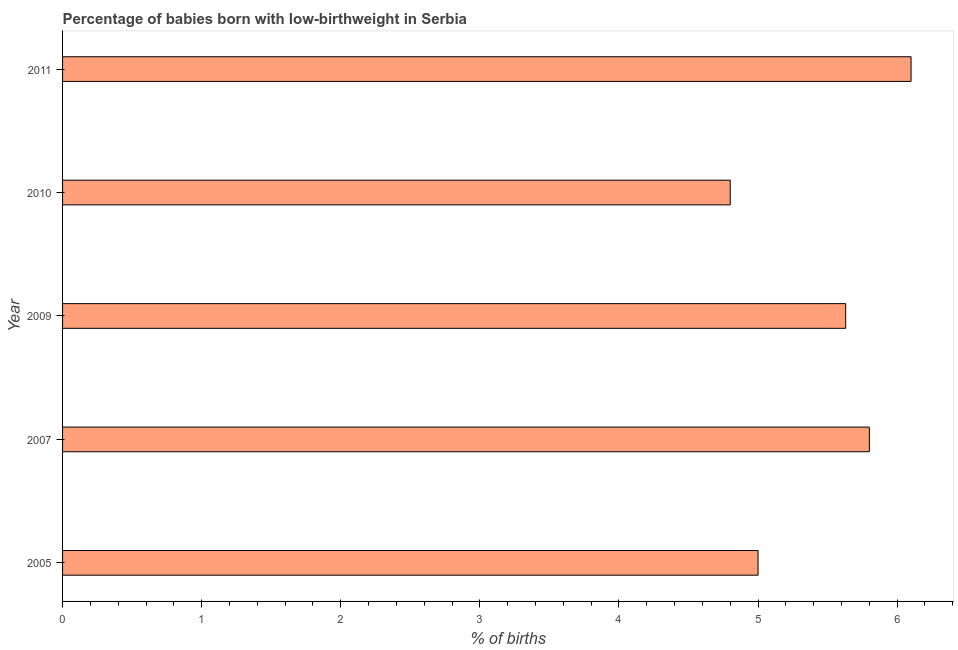
| Year | Low-birthweight babies |
 | --- | --- |
 | 2005 | 5 |
 | 2007 | 5.8 |
 | 2009 | 5.63 |
 | 2010 | 4.8 |
 | 2011 | 6.1 |